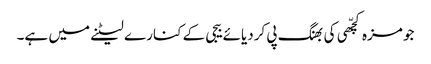
جو مزہ کچّھی کی بھنگ پی کردیائے بیجی کے کنارے لیٹنے میں ہے۔